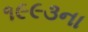
૧૯૯૩ના